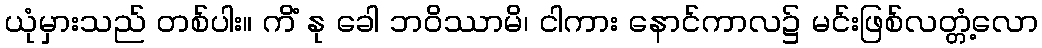
ယုံမှားသည် တစ်ပါး။ ကိံ နု ခေါ ဘဝိဿာမိ၊ ငါကား နောင်ကာလ၌ မင်းဖြစ်လတ္တံ့လော